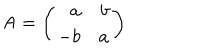
{ \sf A } = \left( \begin{array} { r r } { { a } } & { { b } } \\ { { - b } } & { { a } } \\ \end{array} \right)